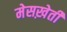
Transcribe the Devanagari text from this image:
मेसख़ेती